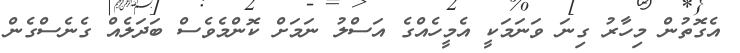
އެގޮތުން މިހާރު ގިނަ ވަނަމަކީ އެމީހެއްގެ އަސްލު ނަމަށް ކޮންމެވެސް ބަދަލެއް ގެނެސްގެން